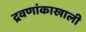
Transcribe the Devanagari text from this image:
द्रवणांकाखाली